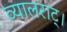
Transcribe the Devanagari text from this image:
व्यालराट्।